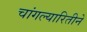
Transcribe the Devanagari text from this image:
चांगल्यारितीने